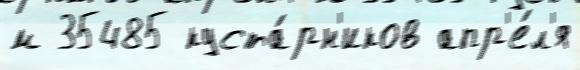
м 35485 куста́рн'иков апр'е́л'я